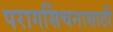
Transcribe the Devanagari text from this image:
परागसिंचनासाठी